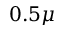
0 . 5 \mu